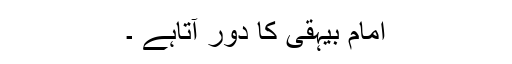
امام بیہقی کا دور آتاہے ۔